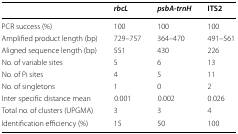
<table><thead><tr><td></td><td><b><i>rbcL</i></b></td><td><b><i>psbA</i>-<i>trnH</i></b></td><td><b>ITS2</b></td></tr></thead><tbody><tr><td>PCR success (%)</td><td>100</td><td>100</td><td>100</td></tr><tr><td>Amplified product length (bp)</td><td>729–757</td><td>364–470</td><td>491–561</td></tr><tr><td>Aligned sequence length (bp)</td><td>551</td><td>430</td><td>226</td></tr><tr><td>No. of variable sites</td><td>5</td><td>6</td><td>13</td></tr><tr><td>No. of Pi sites</td><td>4</td><td>5</td><td>11</td></tr><tr><td>No. of singletons</td><td>1</td><td>0</td><td>2</td></tr><tr><td>Inter specific distance mean</td><td>0.001</td><td>0.002</td><td>0.026</td></tr><tr><td>Total no. of clusters (UPGMA)</td><td>3</td><td>3</td><td>4</td></tr><tr><td>Identification efficiency (%)</td><td>15</td><td>50</td><td>100</td></tr></tbody></table>